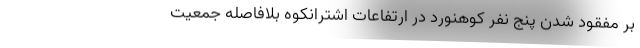
بر مفقود شدن پنج نفر کوهنورد در ارتفاعات اشترانکوه بلافاصله جمعیت